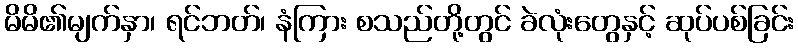
မိမိ၏မျက်နှာ၊ ရင်ဘတ်၊ နံကြား စသည်တို့တွင် ခဲလုံးတွေနှင့် ဆုပ်ပစ်ခြင်း